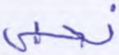
نحيي